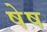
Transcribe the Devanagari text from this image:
षेष